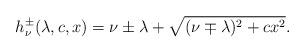
LaTeX: \begin{align*}h^{\pm}_{\nu}(\lambda,c,x)=\nu\pm\lambda+\sqrt{(\nu\mp \lambda)^2+cx^2}.\end{align*}